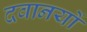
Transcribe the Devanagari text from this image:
दवानयों